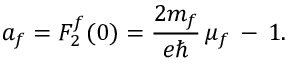
a _ { f } = F _ { 2 } ^ { f } ( 0 ) = \frac { 2 m _ { f } } { e \hbar } \, \mu _ { f } \, - \, 1 .